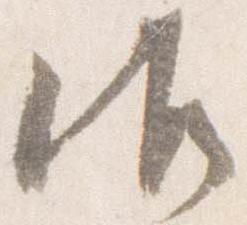
御